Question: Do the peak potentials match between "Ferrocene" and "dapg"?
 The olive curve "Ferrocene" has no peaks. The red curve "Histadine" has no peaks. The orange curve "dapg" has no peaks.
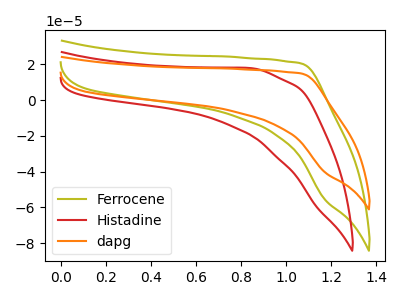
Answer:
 <answer>Niether CV has any peaks.</answer>
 <eval>blanks</eval>